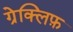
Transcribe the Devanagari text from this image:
ग्रेक्लिफ़